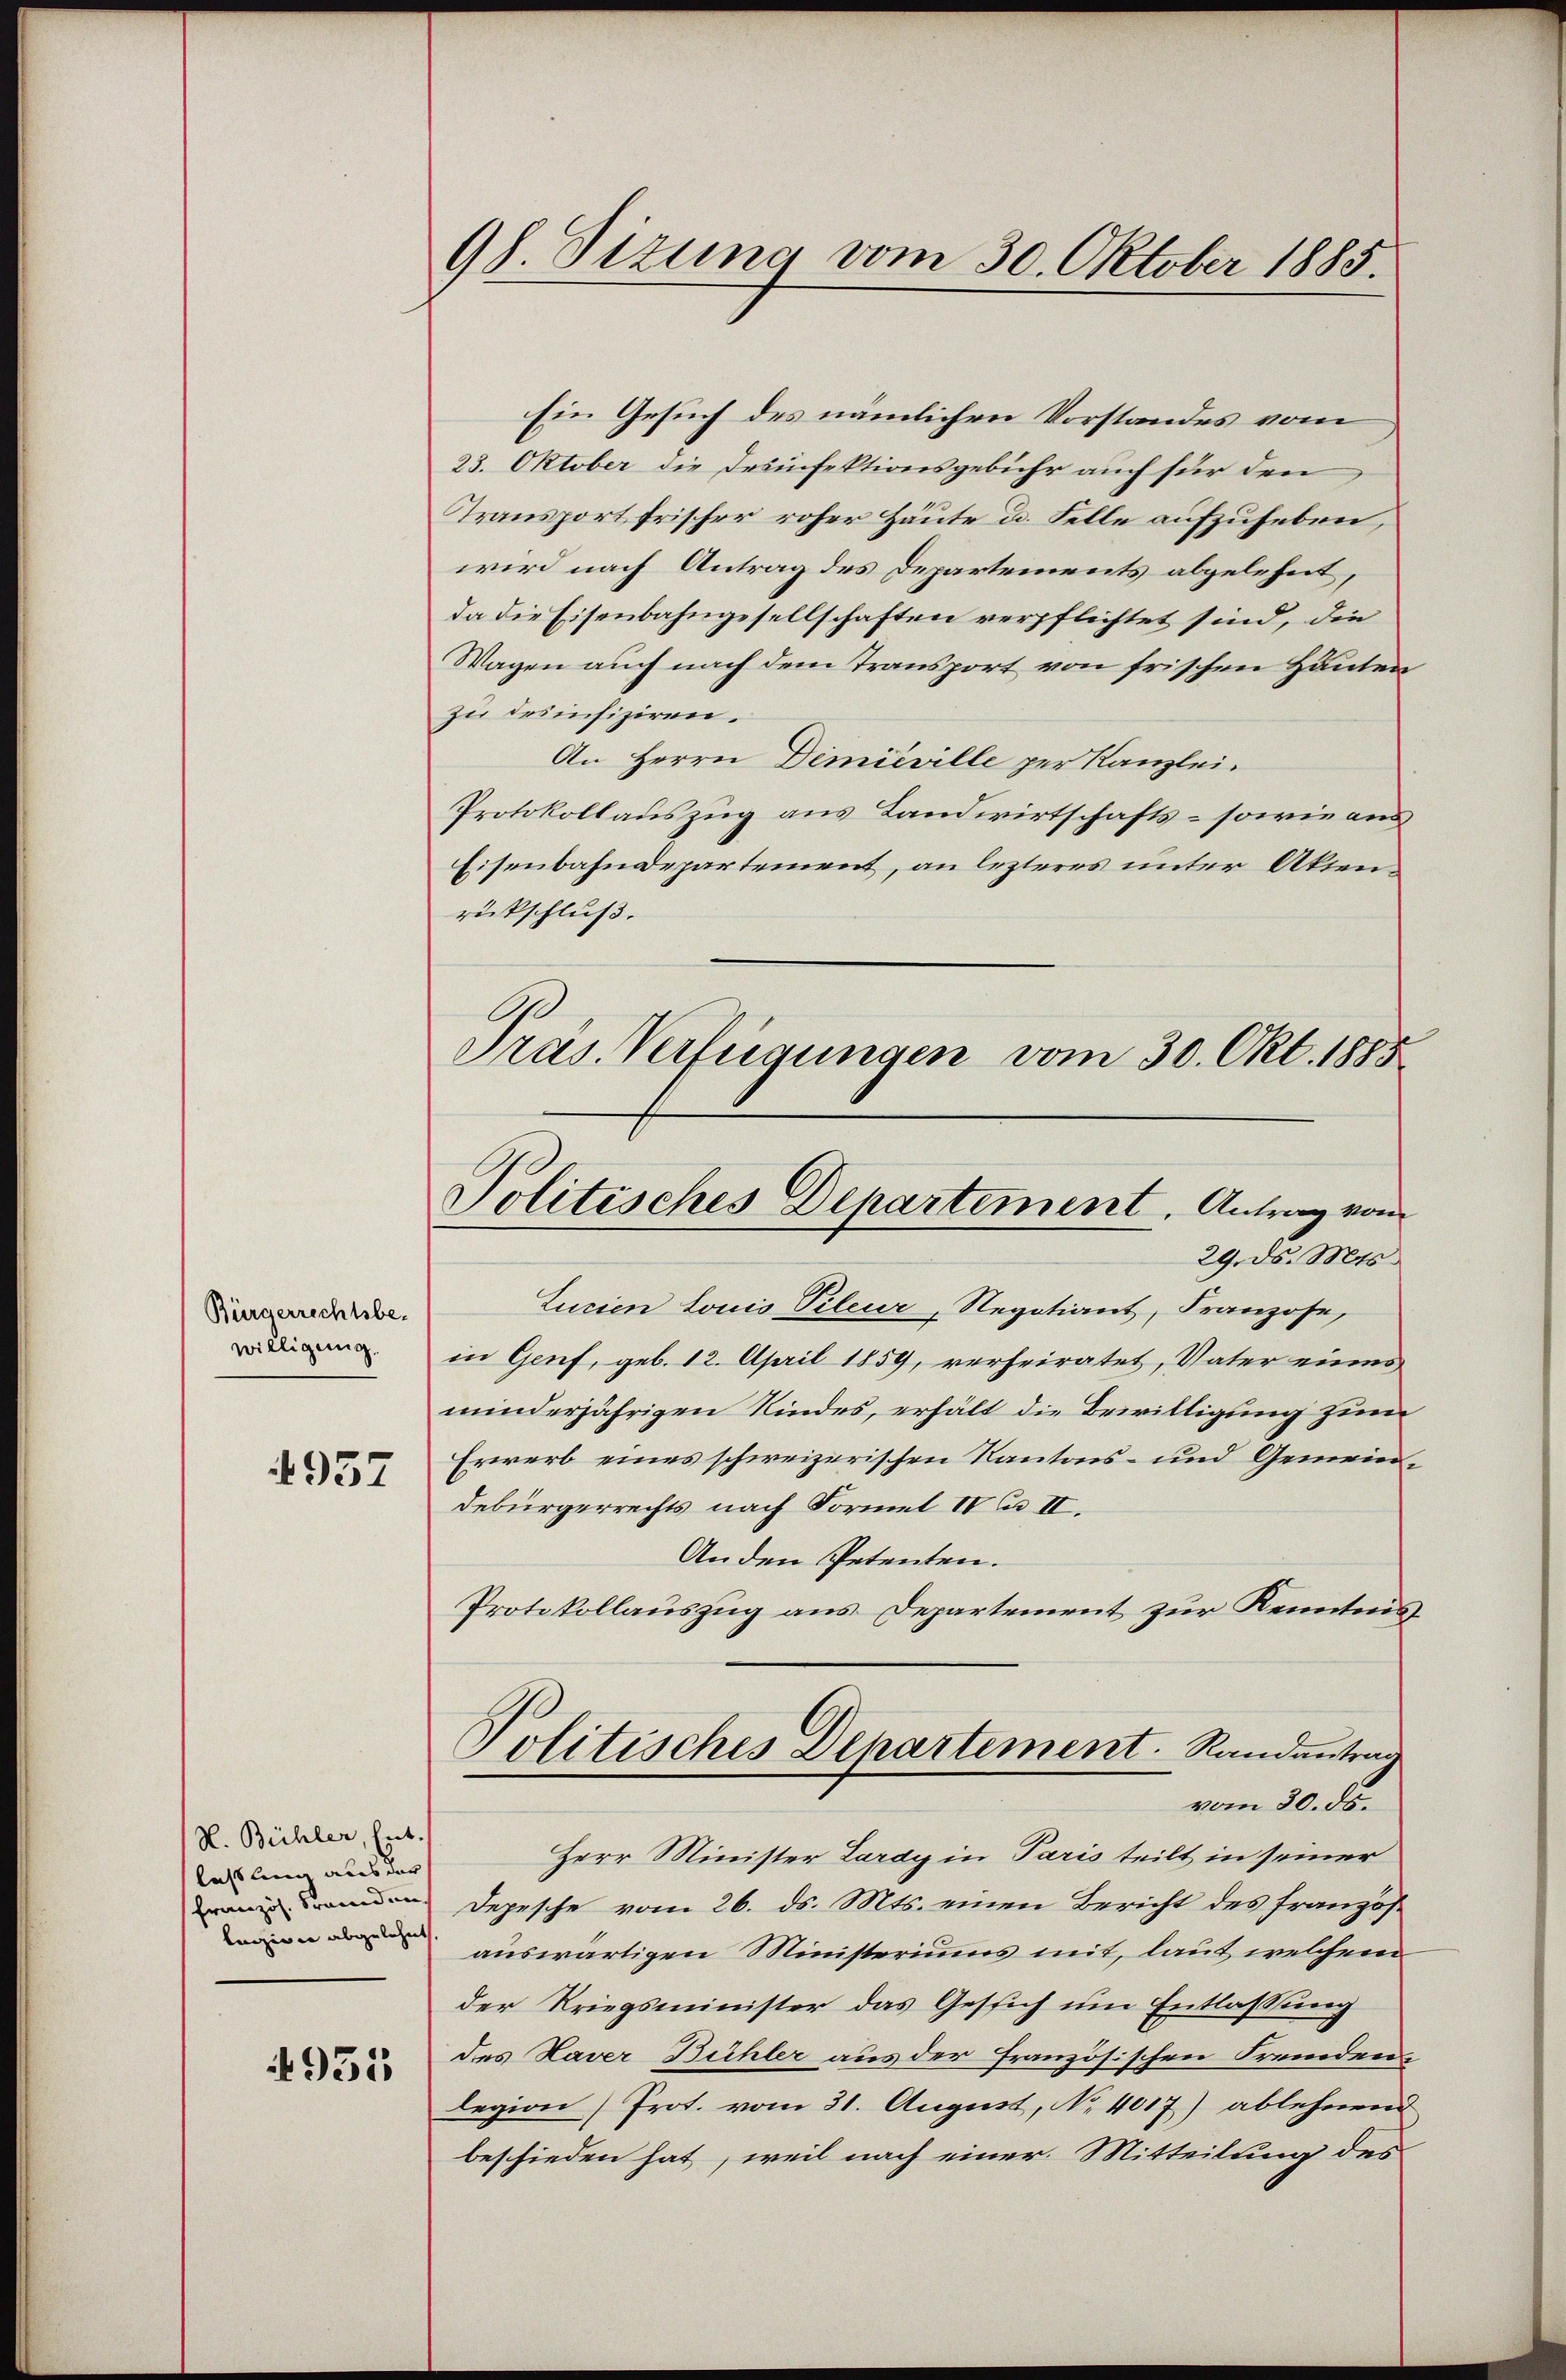
Bürgerrechtsbe-
willigung.

4957

H. Bühler, Ent-
lasling aus der
legio er abgelehnt

951

98. Sizung vom 30. Oktober 1885.

Politisches Departement. Antrag vom
29. ds. Mts.

Ein Gesuch des nämlichen Vorstandes vom
23. Oktober die Desinfektionsgebühr auch für den
Transport frischer roher Häute u. Felle aufzuheben,
wird nach Antrag des Departements abgelehnt,
da die Eisenbahngesellschaften verpflichtet sind, die
Wagen auch nach dem Transport von frischen Häuten
zu des infiziren.
An Herrn Dimieville per Kanzlei.
Protokollauszug aus Landwirtschafts- sowie aus
Eisenbahndepartement, an lezteres unter Aktenrückschluß.
Präs. Verfügungen vom 30. Okt. 1885

Zurien Louis Pileur, Negotiant, Franzose,
in Genf, geb. 12. April 1859, verheiratet, Vater eines
minderjährigen Kindes, erhält die Bewilligung zum
Erwerb eines schweizerischen Kantons- und Gemeindebürgerrechts nach Formel IV II.
Anden Petenten.
Protokollauszug aus Departement zur Kenntnis¬
Politisches Departement. Randantrag
vom 30. ds.
Herr Minister Lardy in Paris teilt in seiner
Depesche vom 26. ds. Mts. einen Bericht des französauswärtigen Ministeriums mit, laut welchem
der Kriegsminister das Gesich um Entlassung
des Haver Bühler aus der Französischen Fremden
legion) Prot. vom 31. August, No. 4017) ablehnend
beschieden hat, weil nach einer Mitteilung des